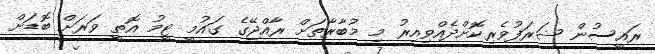
ރައީސުން ޝަރަފުވެރިކޮށްދެއްވިއިރު މި މުބާރާތަށް ރާއްޖޭގެ ގައުމީ ޓީމު އޮތީ ވަރަށް ބޮޑަށް